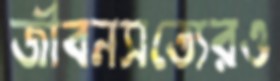
জীবনসত্যেরও